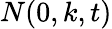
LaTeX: N(0,k,t)